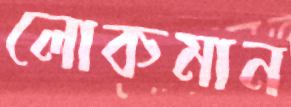
লোকমান